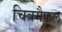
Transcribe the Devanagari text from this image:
चित्रमैफल